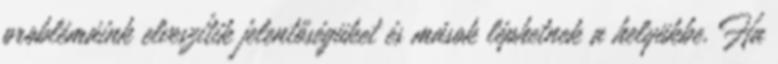
problémáink elveszítik jelentőségüket és mások léphetnek a helyükbe. Ha